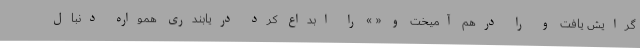
گرایش یافت و را درهم آمیخت و « » را ابداع کرد دریابندری همواره دنبال